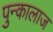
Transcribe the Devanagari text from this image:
पुन्कालाज